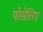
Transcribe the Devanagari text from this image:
पोसेलिए